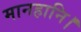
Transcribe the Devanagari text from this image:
मानहानि।